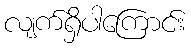
လျက်ရှိပါကြောင်း